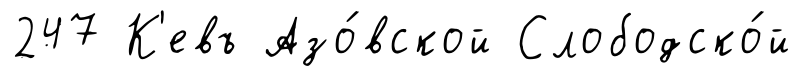
247 К'евъ Азо́вской Слободско́й